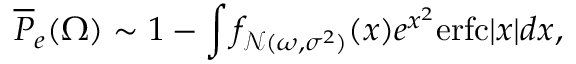
\overline { { P } } _ { e } ( \Omega ) \sim 1 - \int f _ { \mathcal { N } ( \omega , \sigma ^ { 2 } ) } ( x ) e ^ { x ^ { 2 } } \mathrm { e r f c } | x | d x ,